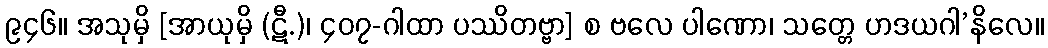
၉၄၆။ အသုမှိ [အာယုမှိ (ဋီ.)၊ ၄၀၇-ဂါထာ ပဿိတဗ္ဗာ] စ ဗလေ ပါဏော၊ သတ္တေ ဟဒယဂါ’နိလေ။